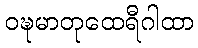
ဝဍ္ဎမာတုထေရီဂါထာ